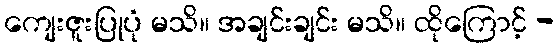
ကျေးဇူးပြုပုံ မသိ။ အချင်းချင်း မသိ။ ထိုကြောင့် -